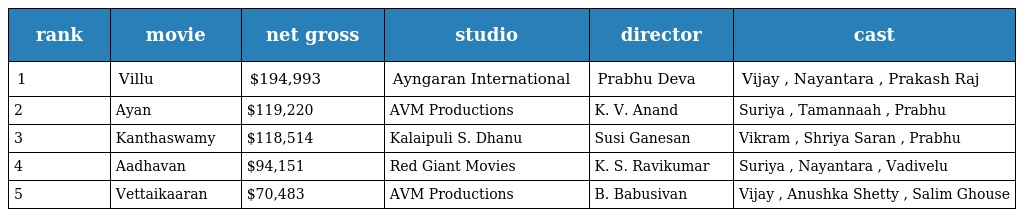
| rank | movie | net gross | studio | director | cast |
 | --- | --- | --- | --- | --- | --- |
 | 1 | Villu | $194,993 | Ayngaran International | Prabhu Deva | Vijay , Nayantara , Prakash Raj |
 | 2 | Ayan | $119,220 | AVM Productions | K. V. Anand | Suriya , Tamannaah , Prabhu |
 | 3 | Kanthaswamy | $118,514 | Kalaipuli S. Dhanu | Susi Ganesan | Vikram , Shriya Saran , Prabhu |
 | 4 | Aadhavan | $94,151 | Red Giant Movies | K. S. Ravikumar | Suriya , Nayantara , Vadivelu |
 | 5 | Vettaikaaran | $70,483 | AVM Productions | B. Babusivan | Vijay , Anushka Shetty , Salim Ghouse |